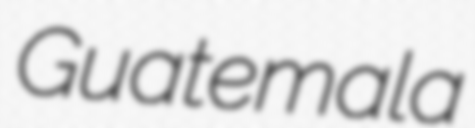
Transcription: Guatemala